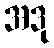
အဒု